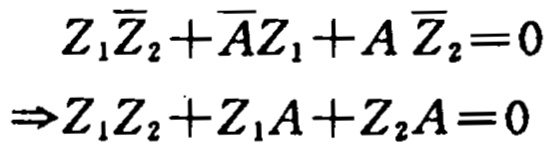
\[
\begin{align*}
Z_1\overline{Z}_2+\overline{A}Z_1 + A\overline{Z}_2&=0\\
\Rightarrow Z_1Z_2+Z_1A + Z_2A&=0
\end{align*}
\]